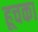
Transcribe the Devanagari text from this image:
हूचका